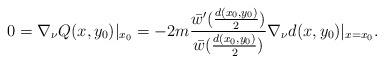
LaTeX: \begin{align*}0=\nabla_{\nu} Q(x,y_0)|_{x_0} = -2m\frac{\bar{w}'(\frac{d(x_0,y_0)}{2})}{\bar{w}(\frac{d(x_0,y_0)}{2})}\nabla_{\nu}d(x,y_0)|_{x=x_0}.\end{align*}